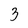
Character: 3